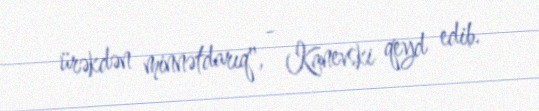
ürəkdən minnətdarıq", - Kanevski qeyd edib.